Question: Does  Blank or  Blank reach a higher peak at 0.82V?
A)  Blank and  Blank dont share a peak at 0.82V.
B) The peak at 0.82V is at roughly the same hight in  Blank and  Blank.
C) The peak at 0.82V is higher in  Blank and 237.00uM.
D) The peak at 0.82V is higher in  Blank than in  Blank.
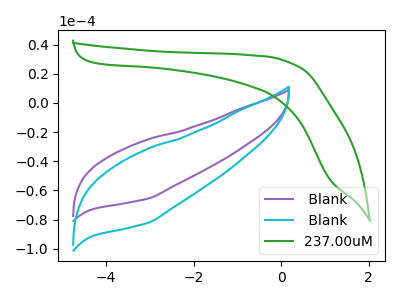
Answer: <think>The purple curve " Blank" has no peaks. The cyan curve " Blank" has no peaks. The green curve "237.00uM" has no peaks.</think>
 <answer>A) " Blank" and " Blank" dont share a peak at 0.82V.</answer>
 <eval>A</eval>